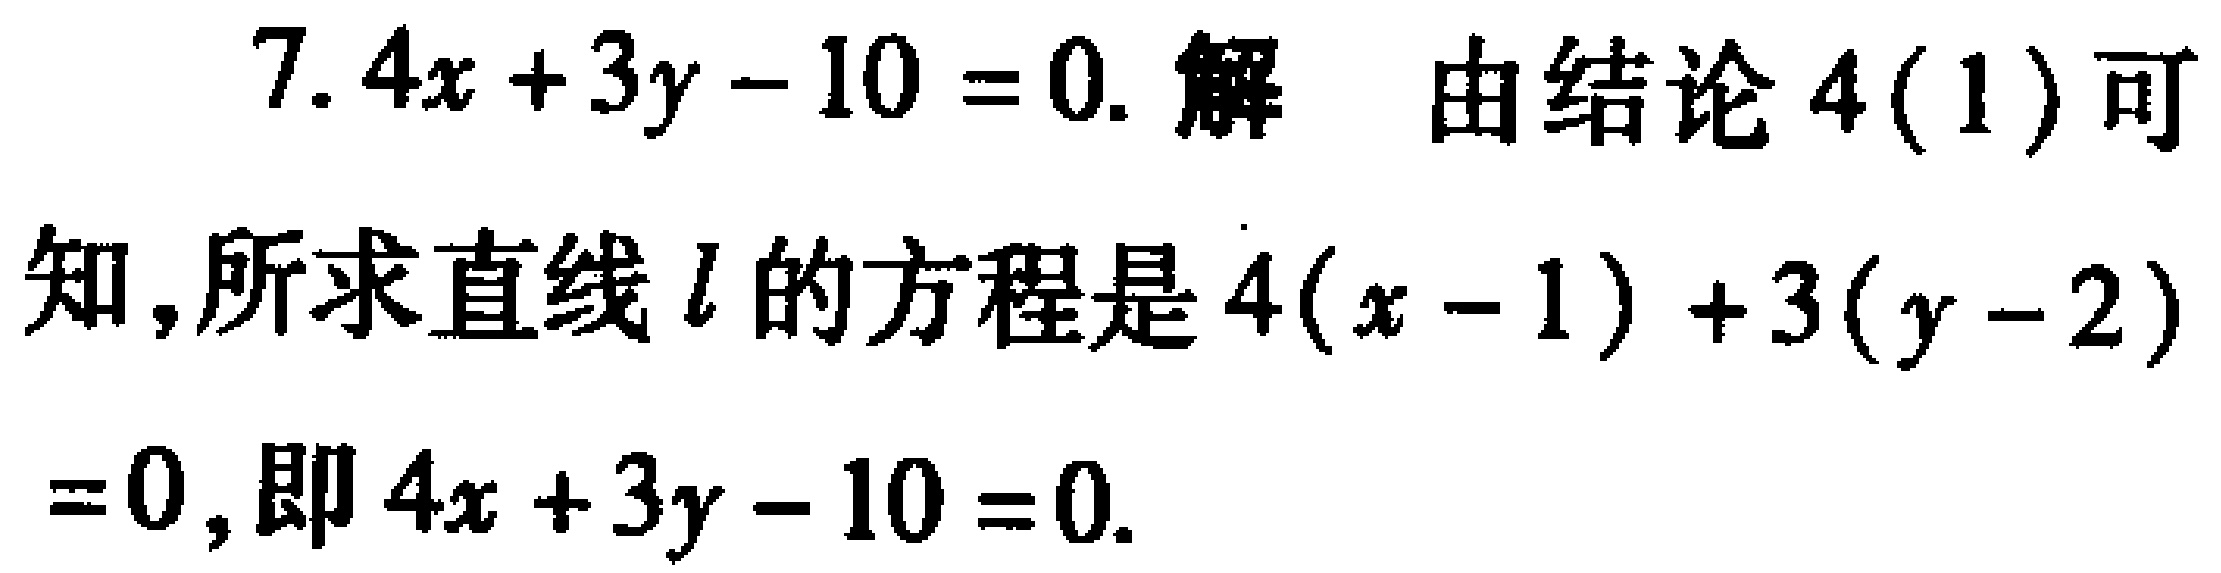
7. \(4x + 3y - 10 = 0\). 解 由结论 \(4(1)\) 可知，所求直线 \(l\) 的方程是 \(4(x - 1)+3(y - 2)=0\)，即 \(4x + 3y - 10 = 0\).